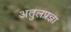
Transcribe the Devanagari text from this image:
अतुलप्रज्ञा